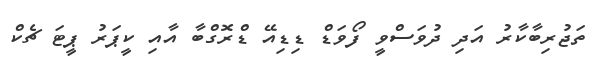
ތަޖުރިބާކާރު އަދި ދުވަސްވީ ފޯވަޑް ޑިޑިއޭ ޑްރޮގްބާ އާއި ކީޕަރު ޕީޓަ ޗެކް